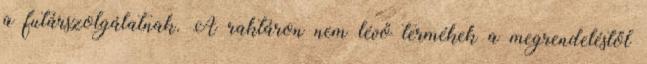
a futárszolgálatnak. A raktáron nem lévő termékek a megrendeléstől